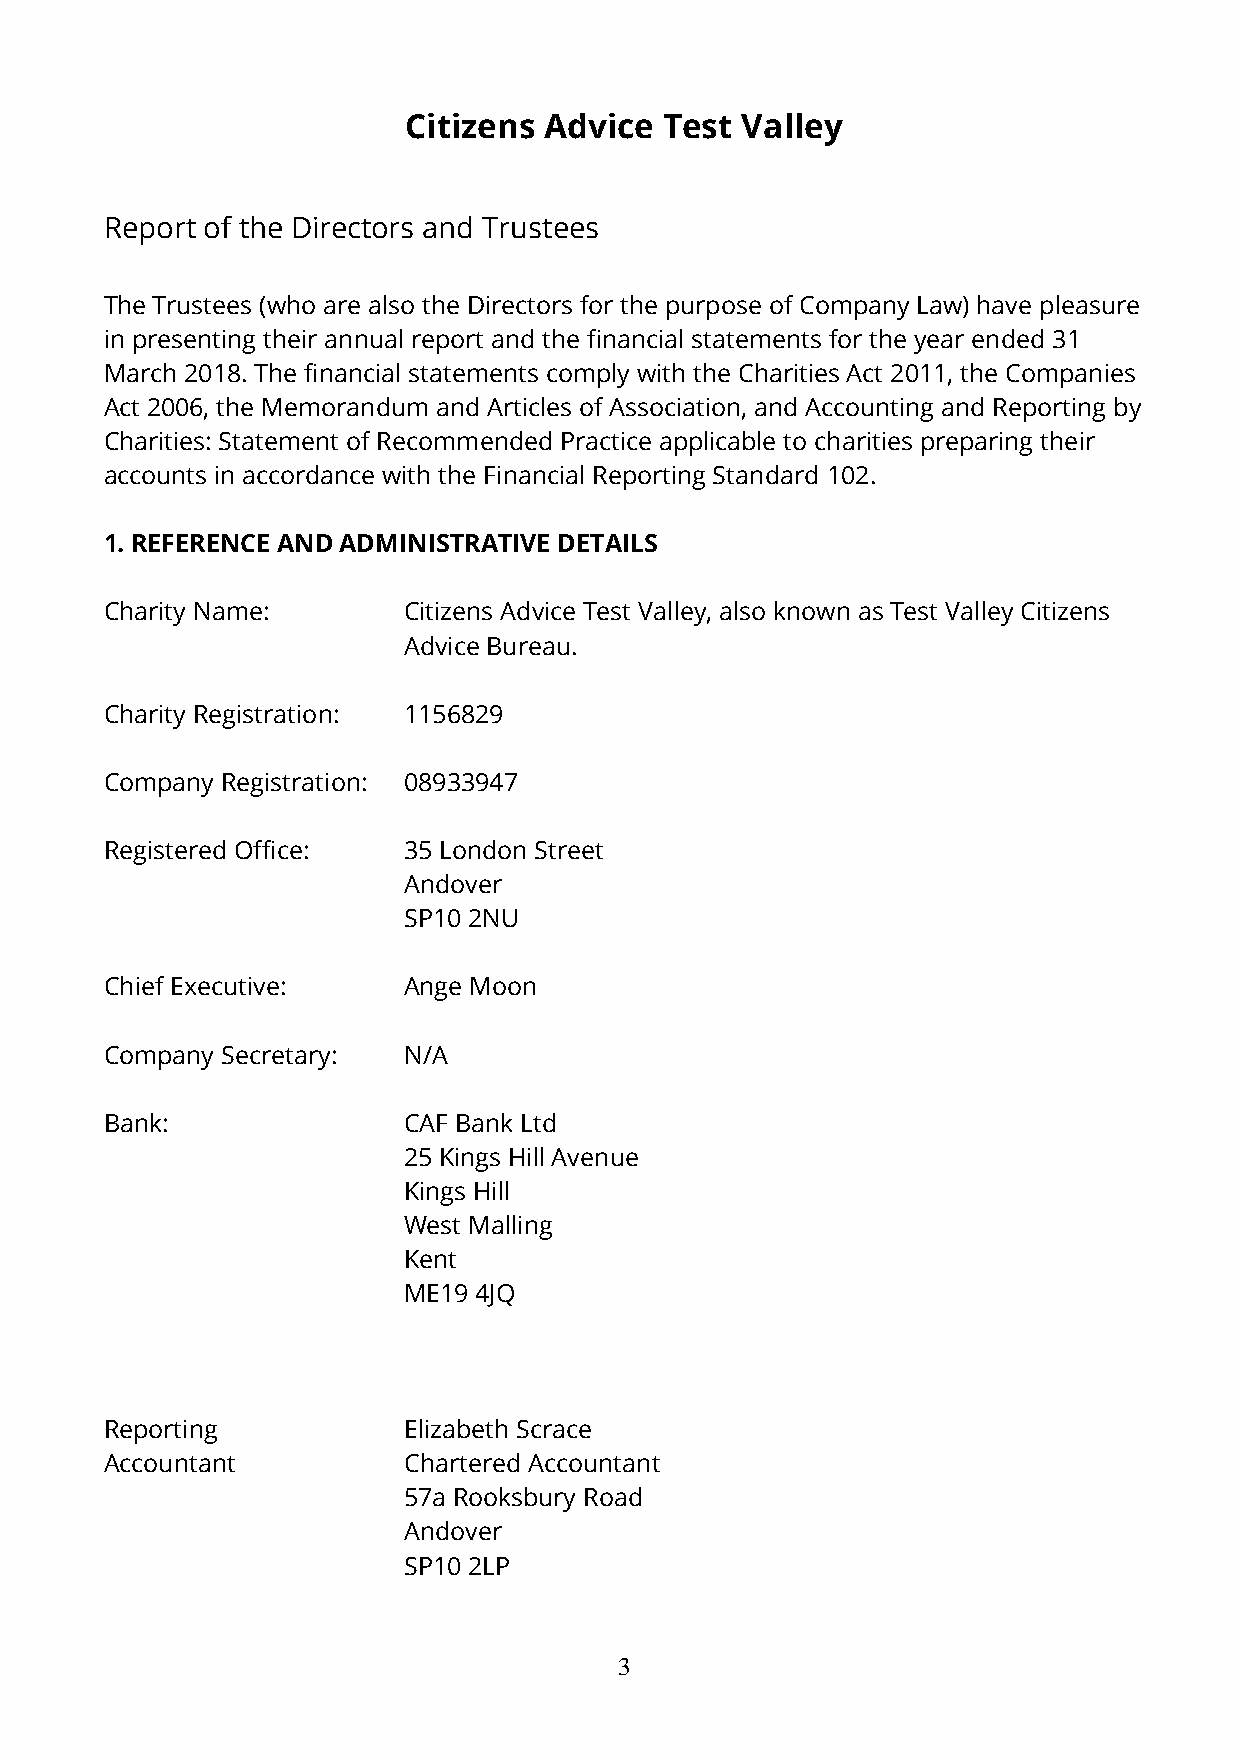
Citizens Advice  Test Valley
 Report of the Directors and Trustees
 The Trustees (who are also the Directors for the purpose of Company Law) have pleasure
 in presenting their annual report and the financial statements for the year ended 31
 March 2018. The financial statements comply with the Charities Act 2011, the Companies
 Act 2006, the Memorandum and Articles of Association, and Accounting and Reporting by
 Charities: Statement of Recommended Practice applicable to charities preparing their
 accounts in accordance with the Financial Reporting Standard 102.
 1. REFERENCE AND ADMINISTRATIVE DETAILS
 Charity Name:       Citizens Advice Test Valley, also known as Test Valley Citizens
 Advice Bureau.
 Charity Registration: 1156829
 Company Registration: 08933947
 Registered Office:  35 London Street
 Andover
 SP10 2NU
 Chief Executive:    Ange Moon
 Company Secretary:  N/A
 Bank:               CAF Bank Ltd
 25 Kings Hill Avenue
 Kings Hill
 West Malling
 Kent
 ME19 4JQ
 Reporting           Elizabeth Scrace
 Accountant          Chartered Accountant
 57a Rooksbury Road
 Andover
 SP10 2LP
 3